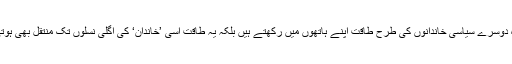
نہ صرف وہ دوسرے سیاسی خاندانوں کی طرح طاقت اپنے ہاتھوں میں رکھتے ہیں بلکہ یہ طاقت اسی ’خاندان‘ کی اگلی نسلوں تک منتقل بھی ہوتی رہتی ہے۔